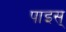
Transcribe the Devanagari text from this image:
पाइस्